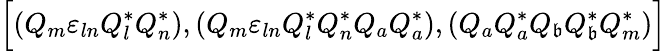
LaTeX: \Bigr[(Q_{m}{\varepsilon}_{ln}Q_{l}^{*}Q_{n}^{*}),(Q_{m}{\varepsilon}_{ln}Q_{l}^{*}Q_{n}^{*}Q_{a}Q_{a}^{*}),(Q_{a}Q_{a}^{*}Q_{\mathfrak{b}}Q_{\mathfrak{b}}^{*}Q_{m}^{*})\Bigl]